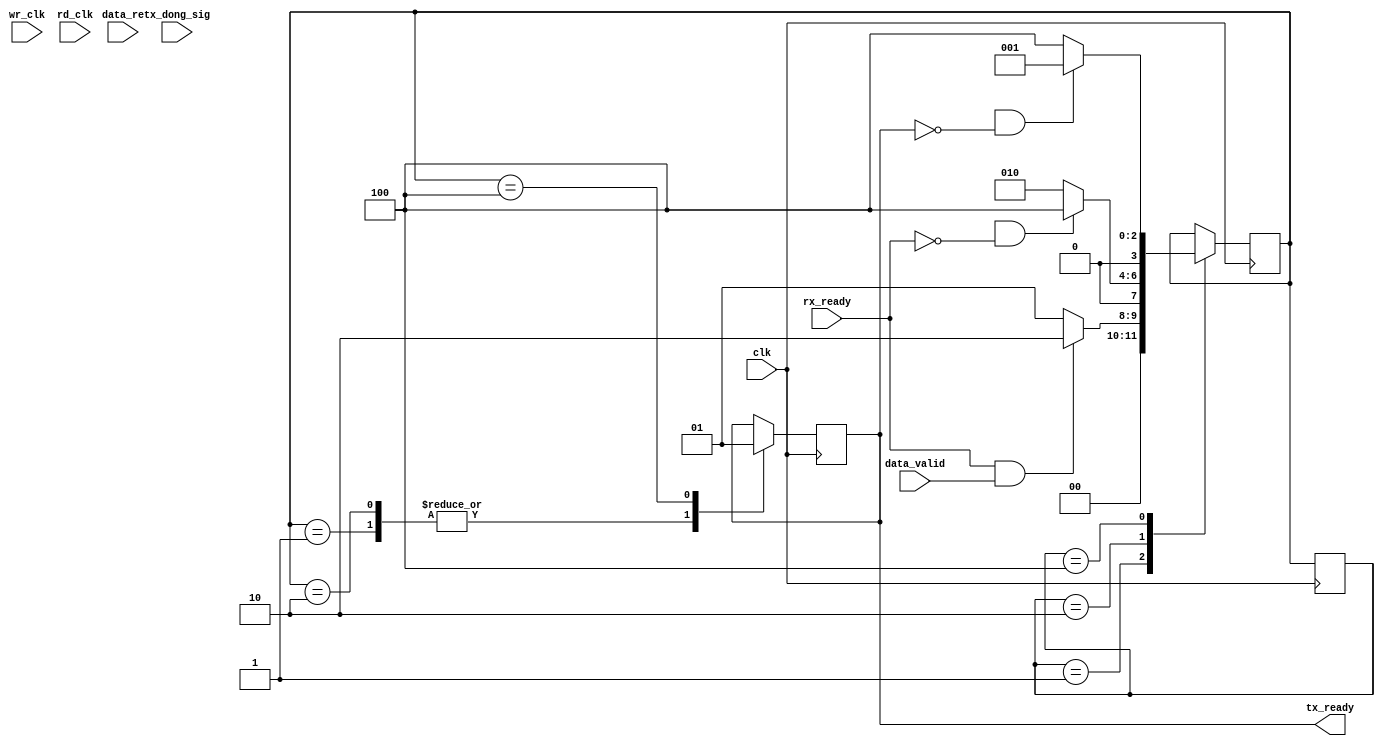
module FIFO_Control(
    input   clk,                //系统时钟
    input   wr_clk,             //写数据时钟
    input   rd_clk,             //读数据时钟
    input   data_valid,         //FFT数据准备完毕
    input   tx_dong_sig,        //一帧数据发送结束标志
    input   rx_ready,           //单片机准备接收数据
    input   [13:0]  data_re,    //FFT数据

    output  reg tx_ready = 0,   //UART使能
);

parameter   state_0 = 3'b001;
parameter   state_1 = 3'b010;
parameter   state_2 = 3'b100;

reg     [3:0]   current_state = 3'b001;
reg     [3:0]   next_state = 3'b001;

reg     wr_en = 0;
reg     rd_en = 0;
wire    full;

reg     data_valid_pose = 0;    //检测信号上升沿
reg     data_valid_r0 = 0;
reg     data_valid_r1 = 0;

//---------------检测data_valid信号上升沿-----------------//
always @(posedge clk) begin
    data_valid_r0 <= data_valid;
    data_valid_r1 <= data_valid_r0;
end
assign  data_valid_pose = data_valid_r0 & ~data_valid_r1;

//-------------------------------------------------------//
always @(posedge clk) begin
    current_state <= next_state;
end
//-------------------------------------------------//
always @(posedge clk) begin
    case (current_state)
        state_0:
            begin
                if((rx_ready == 1) && (data_valid))    begin
                    next_state <= state_1;
                end
                else    begin
                    next_state <= state_0;
                end
            end 
        state_1: 
            begin
                if((full == 1) && (rx_ready == 0))    begin
                    next_state <= state_2;
                end
                else    begin
                    next_state <= state_1;
                end
            end
        state_2:
            begin
                if((empty == 1) && (tx_ready == 0))    begin
                    next_state <= state_0;
                end
                else    begin
                    next_state <= state_2;
                end
            end 
      default: ;
    endcase
end
//------------------------------------------------//
always @(posedge clk) begin
    case (next_state)
        state_0:    
            begin   
                wr_en <= 0;
                rd_en <= 0;
                tx_ready <= 0;
            end
        state_1:
            begin
                wr_en <= 1;
                rd_en <= 0;
                tx_ready <= 0;
            end
        state_2:
            begin
                wr_en <= 0;
                rd_en <= 1;
                tx_ready <= 1;
            end
        default: ;
    endcase
end
//-----------------------------------------------//





endmodule